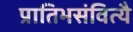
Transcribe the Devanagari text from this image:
प्रातिभसंवित्यै